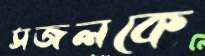
সজলকে